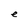
Character: e